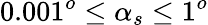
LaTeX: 0.001^{o}\le\alpha_{s}\le 1^{o}